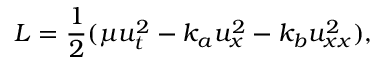
L = \frac { 1 } { 2 } ( \mu u _ { t } ^ { 2 } - k _ { a } u _ { x } ^ { 2 } - k _ { b } u _ { x x } ^ { 2 } ) ,